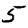
Digit: 5